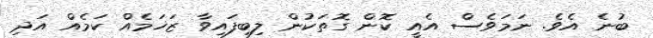
ބުނެ އެވެ. ނަމަވެސް އެއީ ކޮން ގޮތަކުން ލިބިފައިވާ ޒަޚަމެއް ކަމެއް އަދި